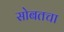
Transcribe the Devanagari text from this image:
सोबतचा